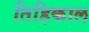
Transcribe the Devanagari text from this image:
तिहिकाल